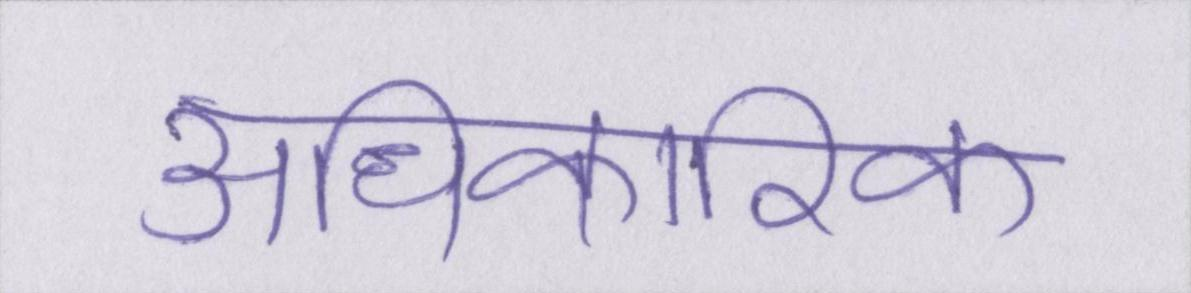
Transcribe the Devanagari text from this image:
अधिकारिक